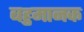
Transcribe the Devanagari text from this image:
बहुमानक